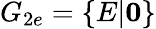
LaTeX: G_{2e}=\{ E|\mathbf{0}\}